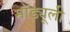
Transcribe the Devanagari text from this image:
मॉड्यूली